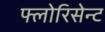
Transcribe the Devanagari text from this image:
फ्लोरिसेन्ट